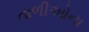
તાળીઓના